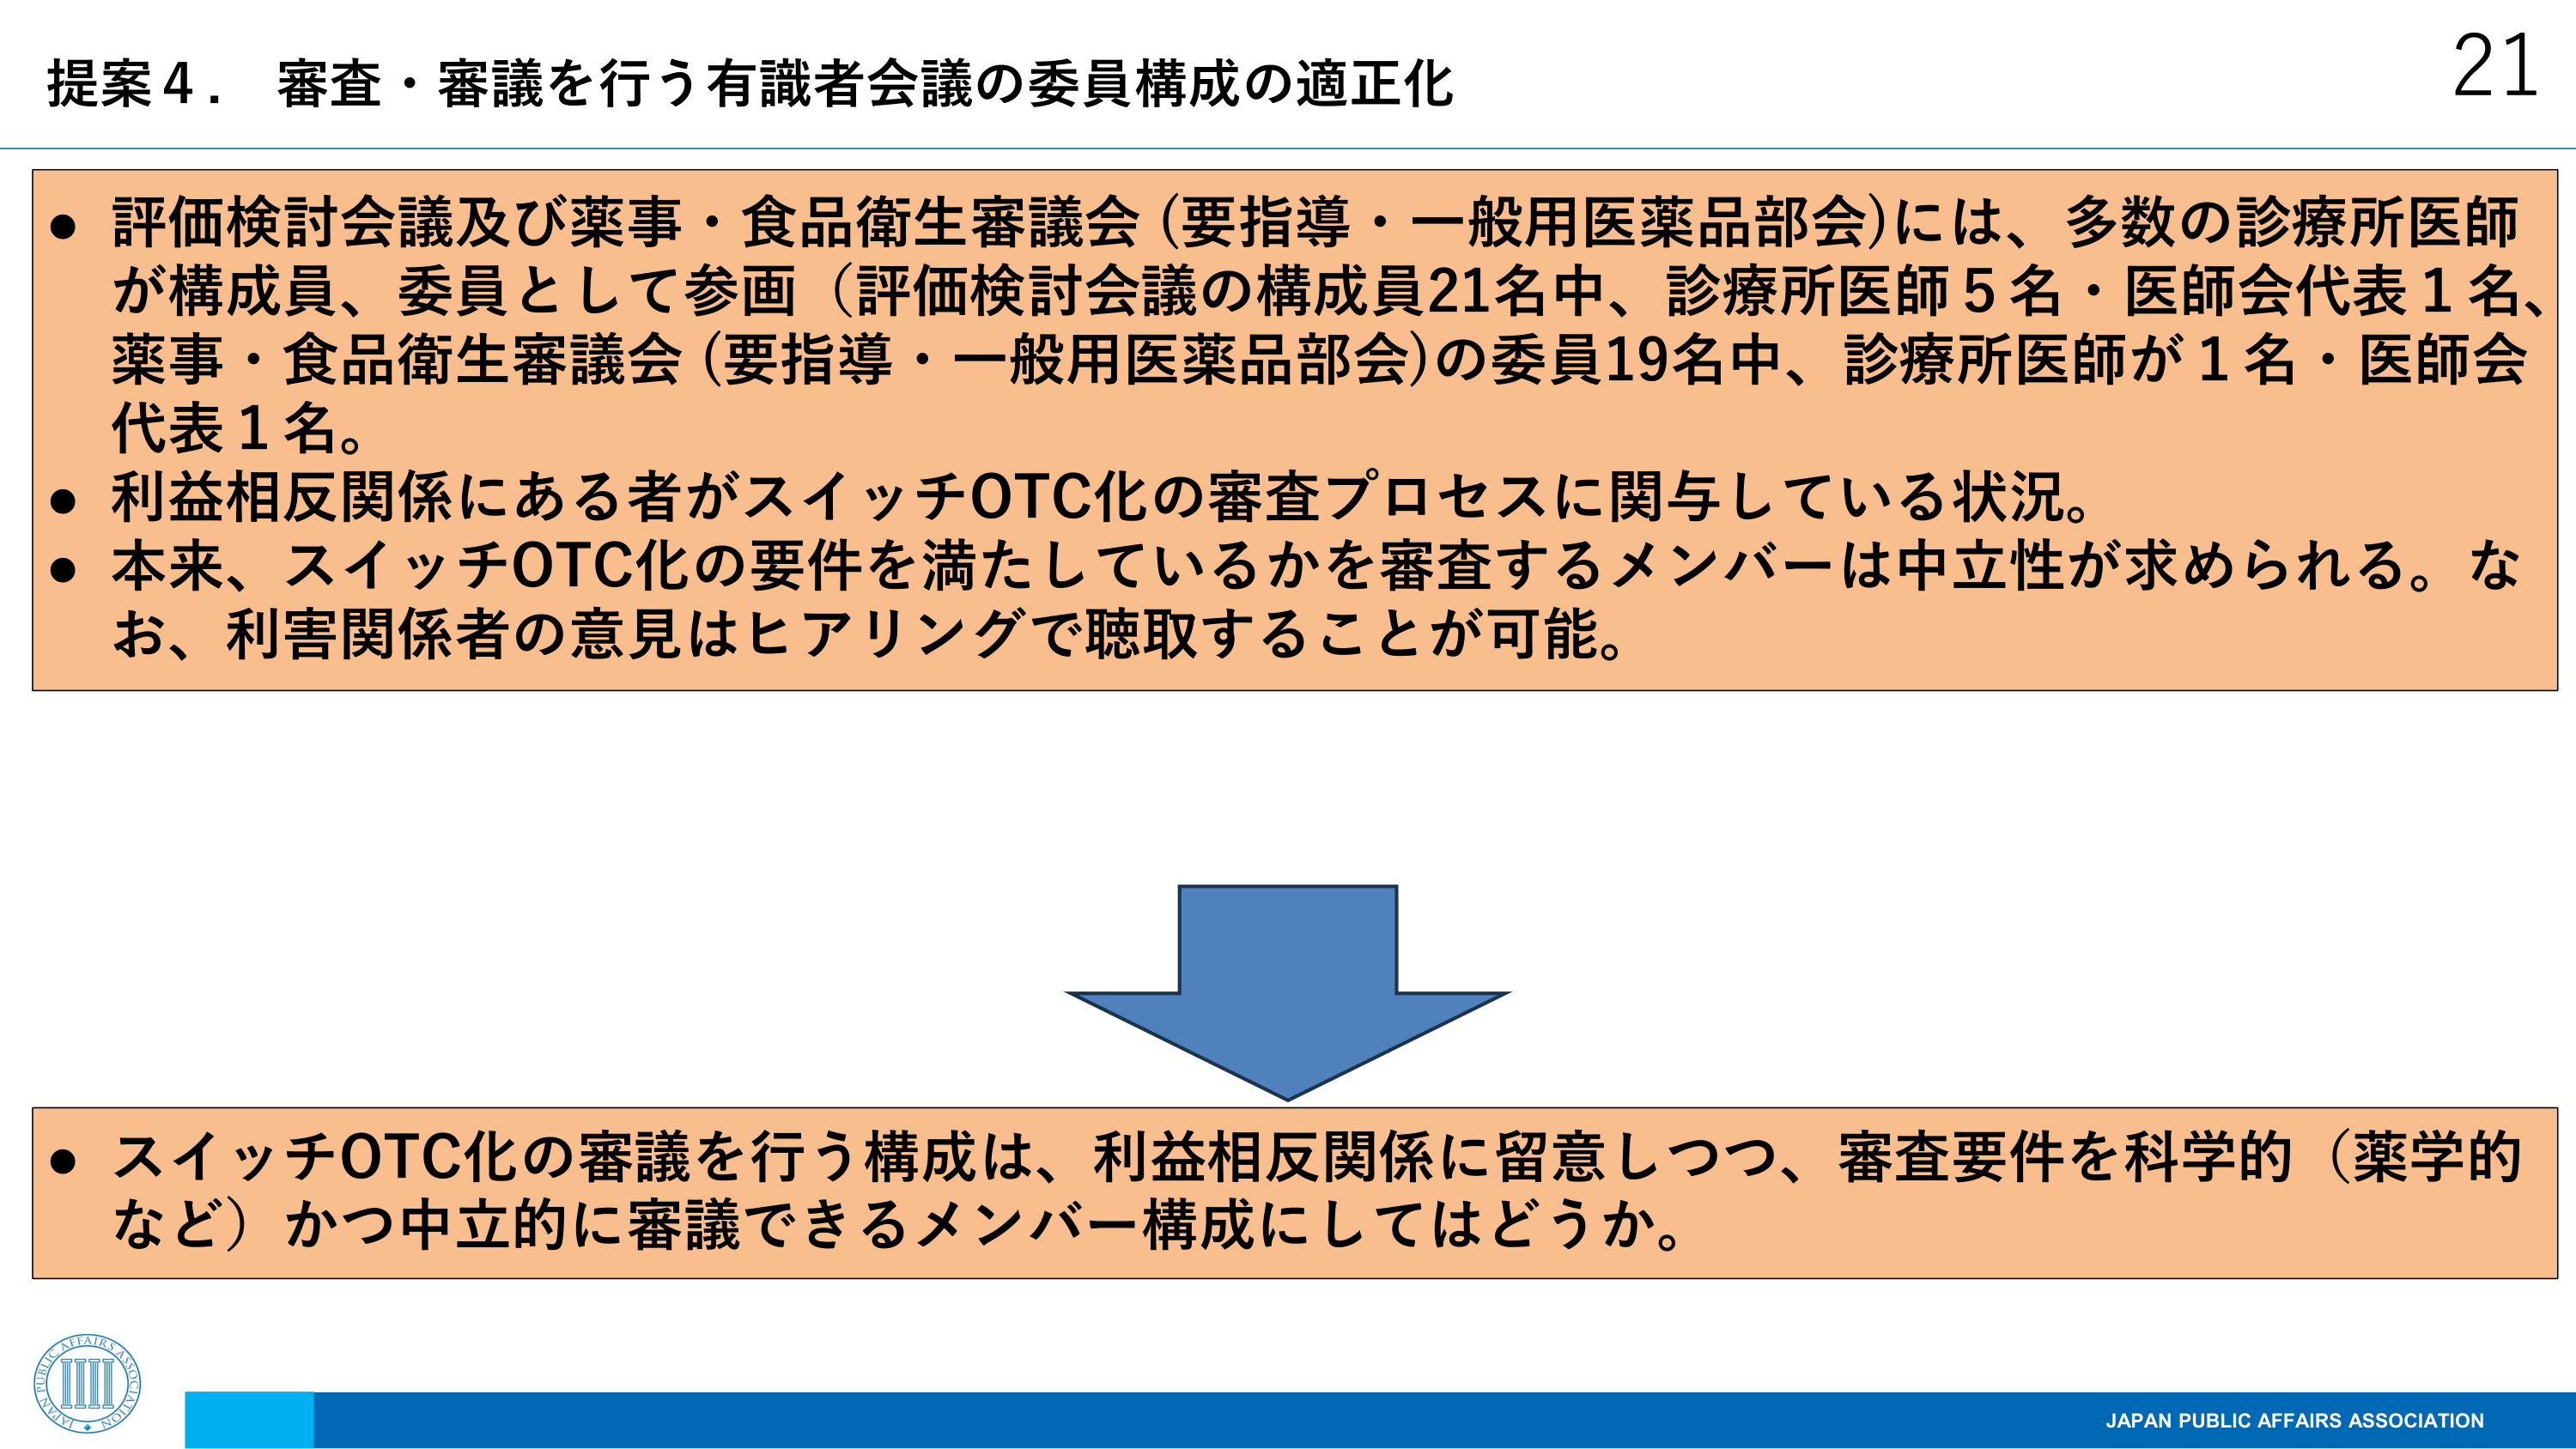
提案４．審査・審議を行う有識者会議の委員構成の適正化

● 評価検討会議及び薬事・食品衛生審議会（要指導・一般用医薬品部会）には、多数の診療所医師が構成員、委員として参画（評価検討会議の構成員21名中、診療所医師5名・医師会代表1名、薬事・食品衛生審議会（要指導・一般用医薬品部会）の委員19名中、診療所医師が1名・医師会代表1名。

● 利益相反関係にある者がスイッチOTC化の審査プロセスに関与している状況。

● 本来、スイッチOTC化の要件を満たしているかを審査するメンバーは中立性が求められる。なお、利害関係者の意見はヒアリングで聴取することが可能。

● スイッチOTC化の審議を行う構成は、利益相反関係に留意しつつ、審査要件を科学的（薬学的など）かつ中立的に審議できるメンバー構成にしてはどうか。

21

JAPAN PUBLIC AFFAIRS ASSOCIATION